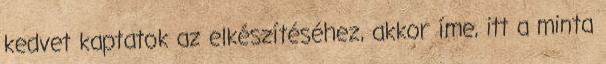
kedvet kaptatok az elkészítéséhez, akkor íme, itt a minta